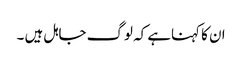
ان کا کہناہے کہ لوگ جاہل ہیں ۔